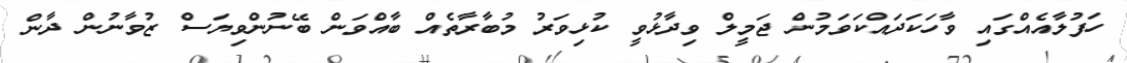
ހަފުލާއެއްގައި ވާހަކަދައްކަވަމުން ޖަމީލް ވިދާޅުވީ ކުޅިވަރު މުބާރާތެއް ބާއްވަން ބޭނުންވިޔަސް ޒުވާނުން ދާން